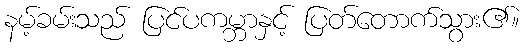
နမ့်ခမ်းသည် ပြင်ပကမ္ဘာနှင့် ပြတ်တောက်သွား၏။